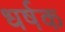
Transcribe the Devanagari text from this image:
धर्षक